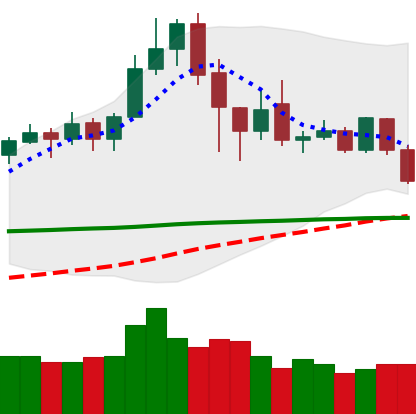
Ticker: XLM-USD
Chart end date: 2020-02-25
Forward return: -13.889%
Label: down_7plus